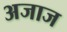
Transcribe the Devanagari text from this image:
अजाज